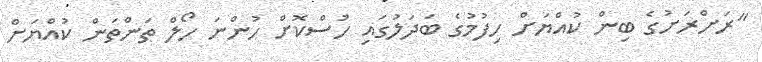
"ރަށްރަށުގެ ބިން ކުއްޔަށް ހިފުމުގެ ބަދަލުގައި ހުސްކޮށް ހުންނަ ހޯލް ތަންތަން ކުއްޔަށް